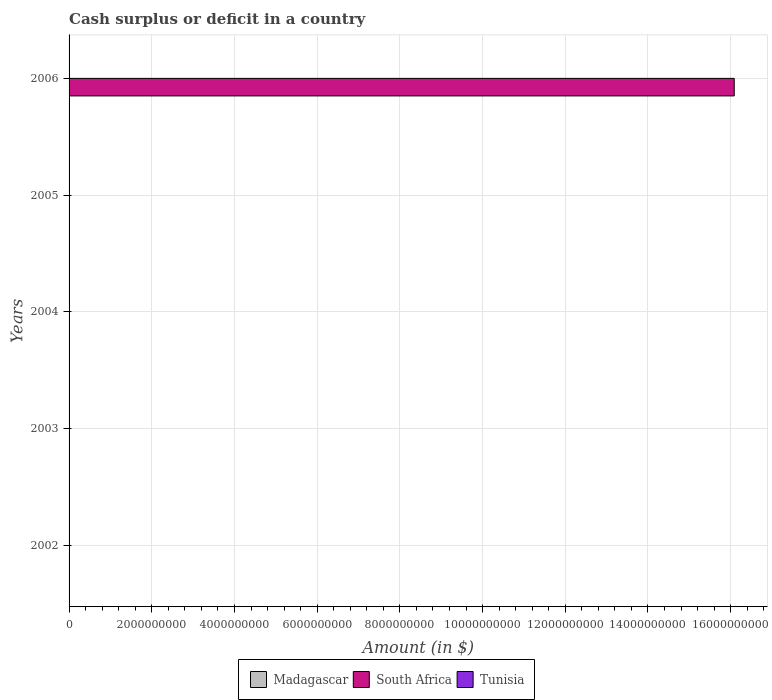
| Years | Madagascar | South Africa | Tunisia |
 | --- | --- | --- | --- |
 | 2002 | -2.67e+11 | -1.89e+10 | -7.04e+08 |
 | 2003 | -2.5e+11 | -3.38e+10 | -7.64e+08 |
 | 2004 | -3.67e+11 | -2.78e+10 | -9.81e+08 |
 | 2005 | -4.69e+11 | -2.97e+09 | -1.18e+09 |
 | 2006 | -4.66e+10 | 1.61e+10 | -1.12e+09 |